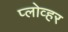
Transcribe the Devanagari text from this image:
प्लोव्हर